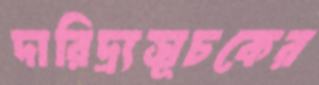
দারিদ্র্যসূচকের